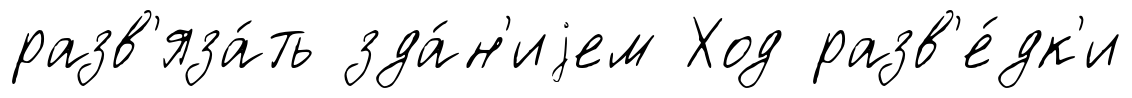
разв'яза́ть зда́н'иjем Ход разв'е́дк'и